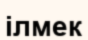
ілмек